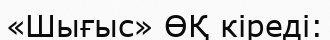
«Шығыс» ӨҚ кіреді: